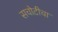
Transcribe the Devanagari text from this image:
सचोटीचा